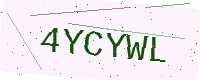
Text: 4YCYWL